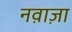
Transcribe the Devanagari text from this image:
नव़ाज़ा